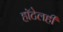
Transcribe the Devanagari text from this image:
हॉटेलही